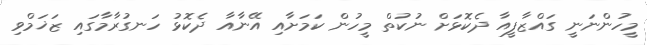
މީހުންނަނީ ގައްޒާފީއާ ދެކޮޅަށް ނުކުތް މީހުން ކަމަށާއި އޭނާއާ ދެކޮޅު ހަނގުރާމާގައި ޒަޚަމްވި